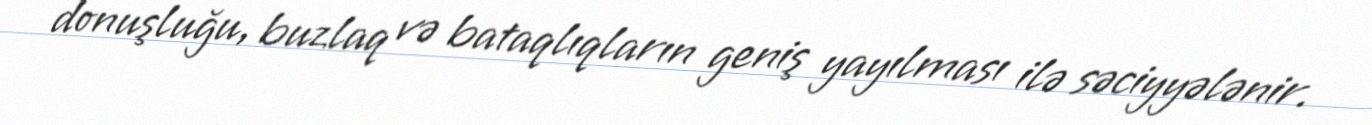
donuşluğu, buzlaq və bataqlıqların geniş yayılması ilə səciyyələnir.